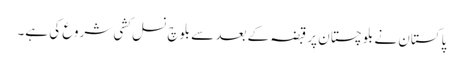
پاکستان نے بلوچستان پر قبضہ کے بعد سے بلوچ نسل کشی شروع کی ہے۔